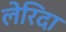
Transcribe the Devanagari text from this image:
लेरिदा